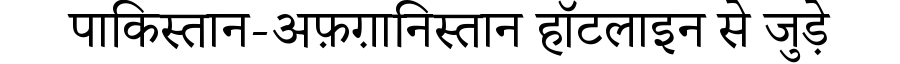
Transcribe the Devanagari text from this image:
पाकिस्तान-अफ़ग़ानिस्तान हॉटलाइन से जुड़े